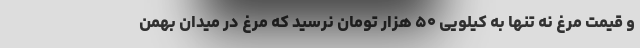
و قیمت مرغ نه تنها به کیلویی ۵۰ هزار تومان نرسید که مرغ در میدان بهمن